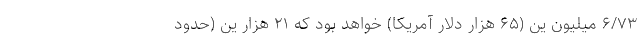
۶/۷۳ میلیون ین (۶۵ هزار دلار آمریکا) خواهد بود که ۲۱ هزار ین (حدود